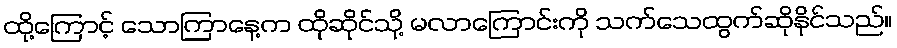
ထို့ကြောင့် သောကြာနေ့က ထိုဆိုင်သို့ မလာကြောင်းကို သက်သေထွက်ဆိုနိုင်သည်။